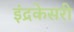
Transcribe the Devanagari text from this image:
इंद्रकेसरी